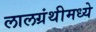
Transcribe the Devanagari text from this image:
लालग्रंथीमध्ये